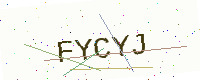
Text: FYCYJ